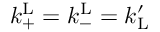
k _ { \mathrm { + } } ^ { \mathrm { L } } = k _ { \mathrm { - } } ^ { \mathrm { L } } = k _ { \mathrm { L } } ^ { \prime }